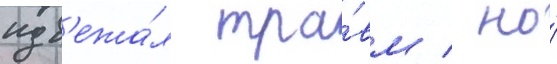
изб'ежа́л тра́вм / но́